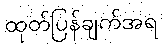
ထုတ်ပြန်ချက်အရ